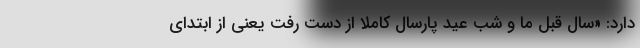
دارد: «سال قبل ما و شب عید پارسال کاملاً از دست رفت یعنی از ابتدای